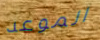
الموعد